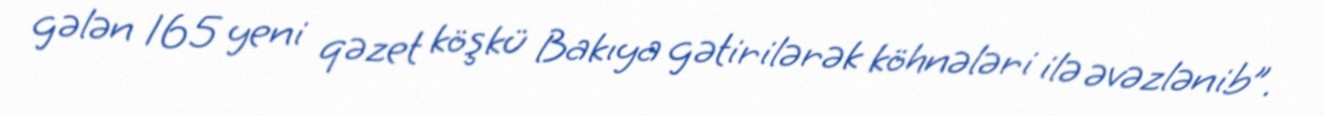
gələn 165 yeni qəzet köşkü Bakıya gətirilərək köhnələri ilə əvəzlənib”.